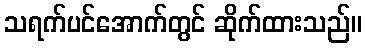
သရက်ပင်အောက်တွင် ဆိုက်ထားသည်။